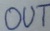
Text: OUT